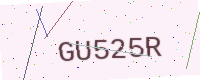
Text: GU525R